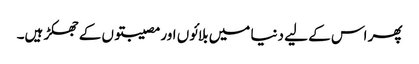
پھر اس کے لیے دنیا میں بلائوں اور مصیبتوں کے جھکڑ ہیں۔